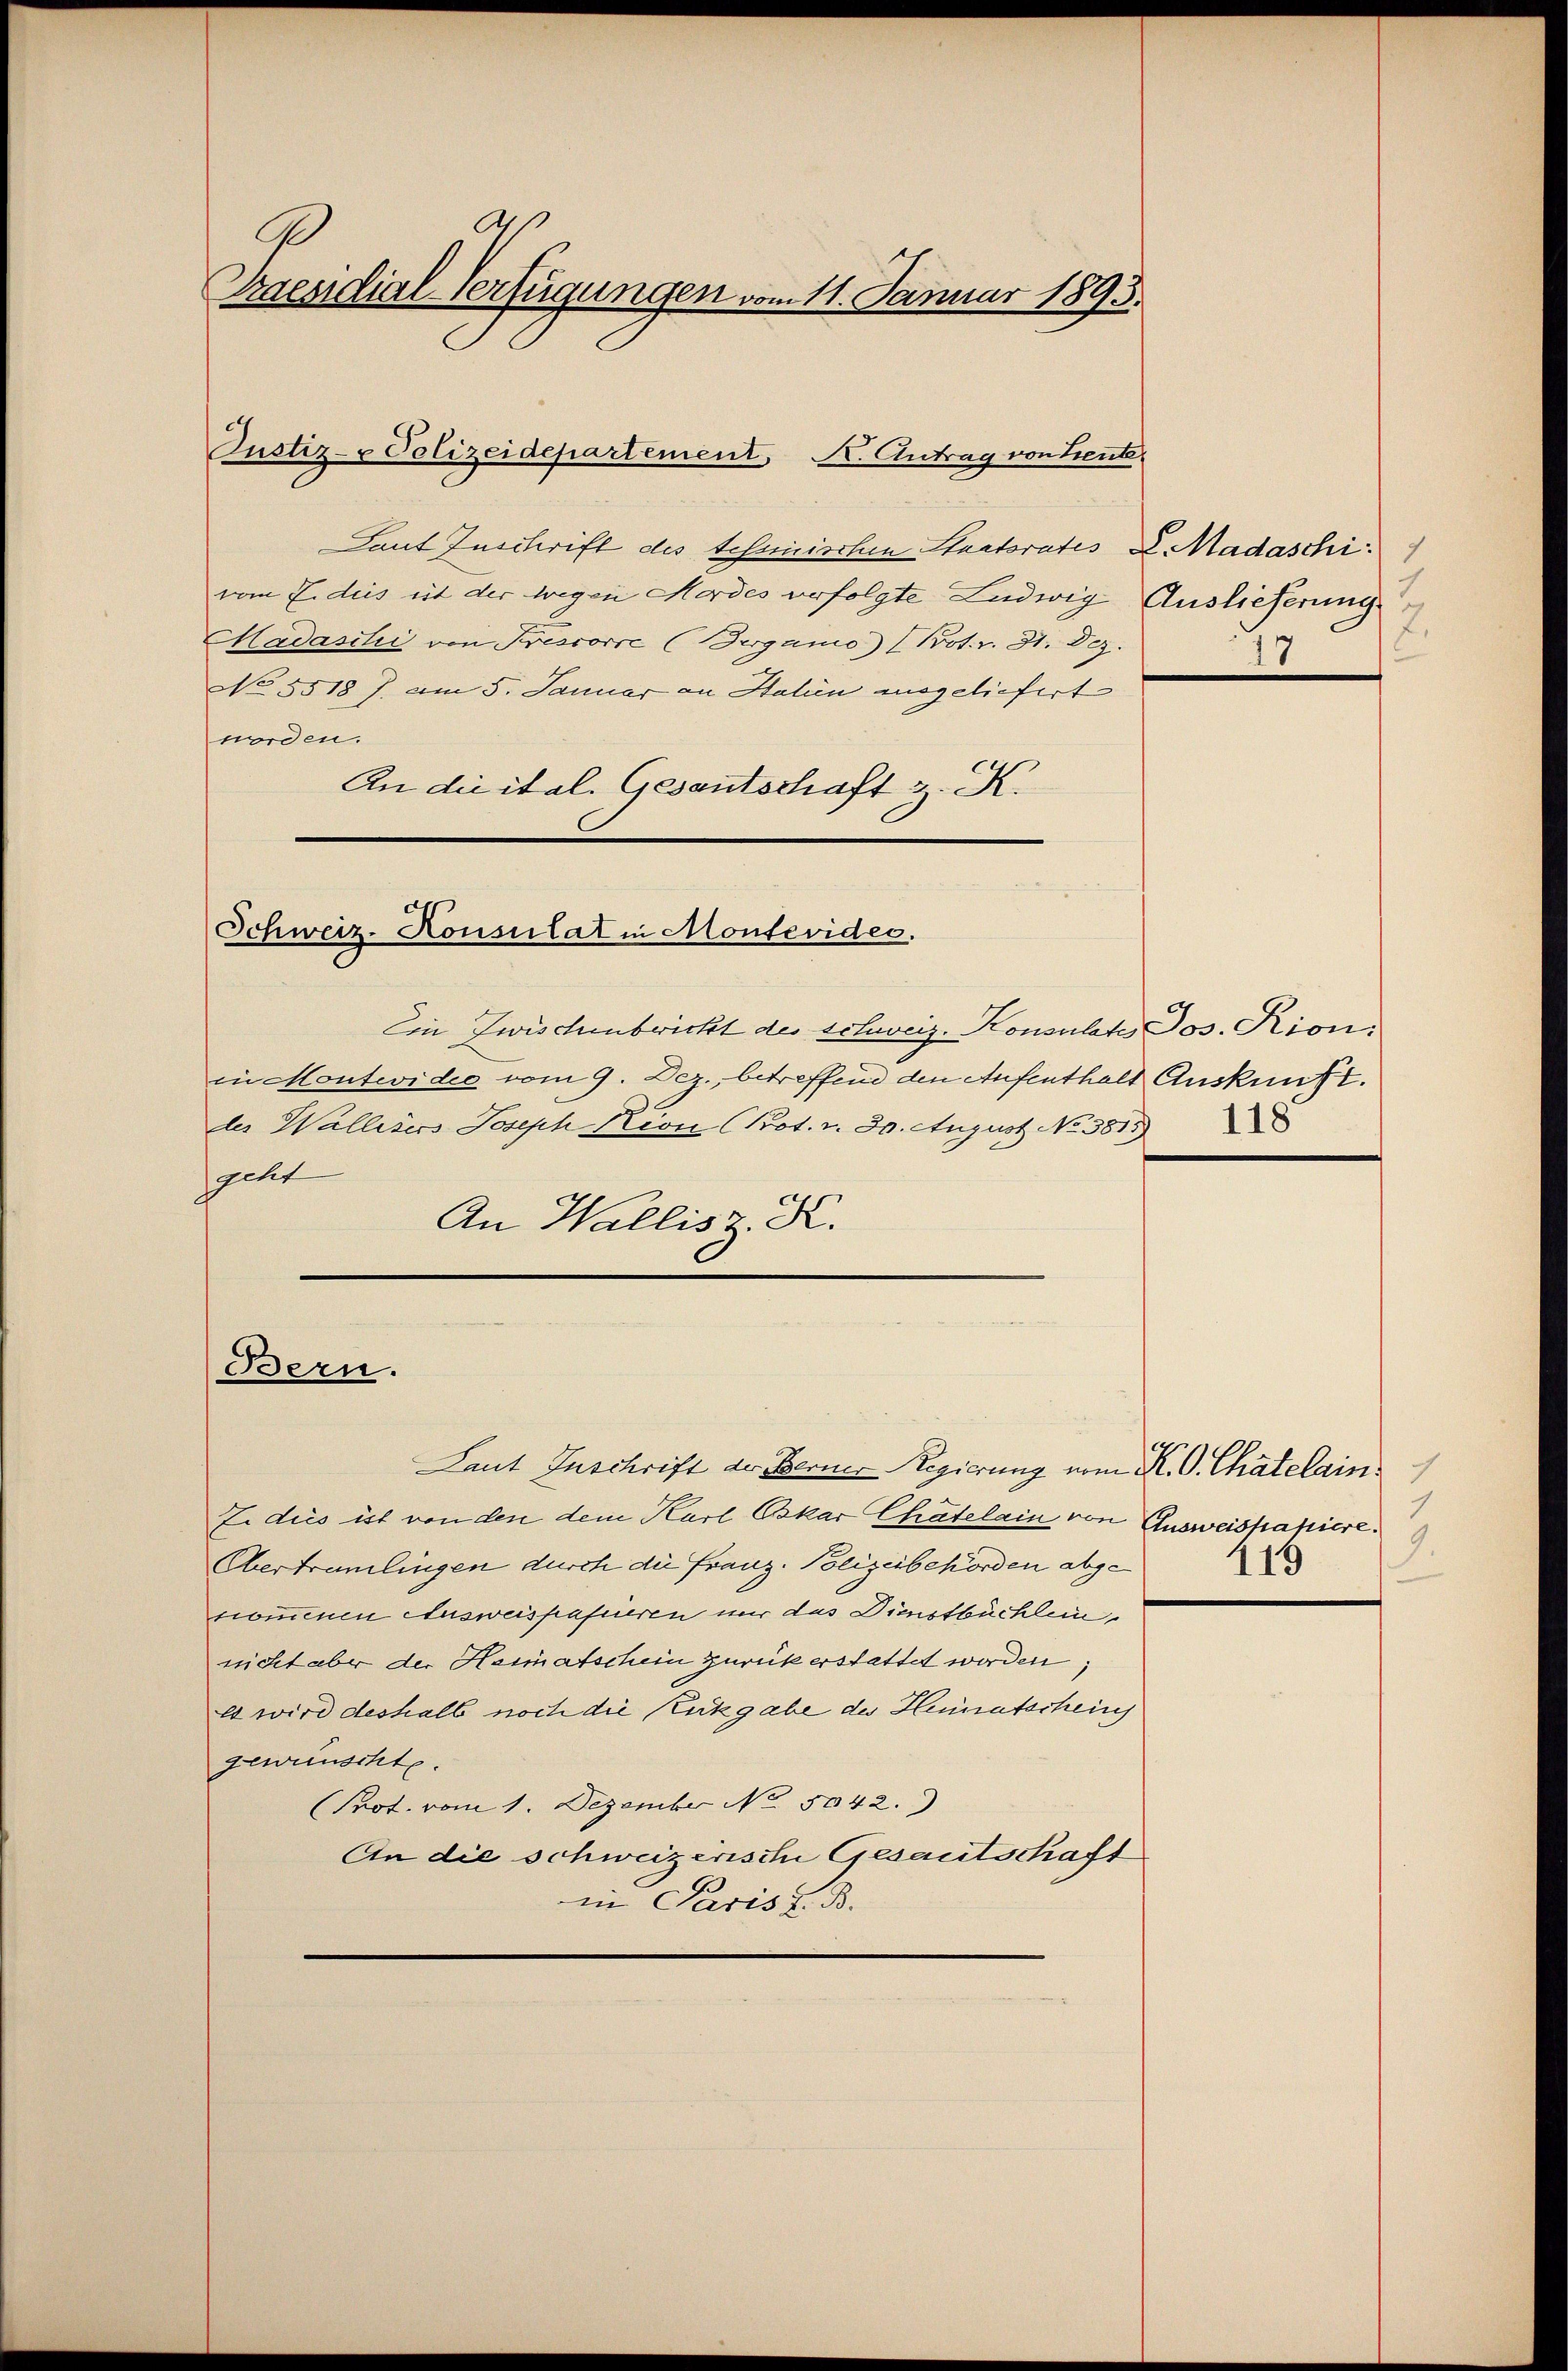
Praesidial-Verfügungen vom 11. Januar 1893.

Tout Zuschrift des tessinischen Staatsrates L. Madaschi
vom Eides ist der wegen Mordes verfolgte Ludwig Auslieferung
Madasilii von Prescorre (Berganio) (Pot.r. 31. Dez.
No. 5518 J. am 5. Januar an Halin angeliefert
worden.
An die ital. Gesantschaft z. K.

Justiz- u Polizeidepartement, K. Antrag von Leute,

Schweiz. Konsulat in Montevides.

Ein Zwischenbricht des schweiz. Konsulate Jos. Rion:
in Montevidee vom 9. Dez. betreffend den Aufenthalt Auskunft.
der Wallisers Joseph Kion (Prot. v. 30. August No 3815)
geht
An Wallis z. K.

Bern.

2
17

Laut Zuschrift der Berner Regierung vom K. O. Chatelain
J. dies ist von den dem Karl Oskar Chatelain von Ausweishapiere
Übertramlingen durch die Franz. Polizeibehörden abgenommenen Ausweispapieren nur das Dienstbüchlein
nicht aber der Heimatschein zurück erstattet worden;
Es wird deshalb noch die Kickgabe des Heimatscheins
gewünschte.
Prot. vom 1. Dezember No 5042.)
An die schweizerische Gesantschaft
in Paris z. B.

9.
119